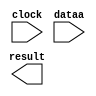
// megafunction wizard: %LPM_MULT%VBB%
// GENERATION: STANDARD
// VERSION: WM1.0
// MODULE: altsquare 

// ============================================================
// Megafunction Name(s):
// 			altsquare
//
// Simulation Library Files(s):
// 			altera_mf
// ============================================================
// ************************************************************
// THIS IS A WIZARD-GENERATED FILE. DO NOT EDIT THIS FILE!
//
// 15.0.0 Build 145 04/22/2015 SJ Full Version
// ************************************************************

//Copyright (C) 1991-2015 Altera Corporation. All rights reserved.
//Your use of Altera Corporation's design tools, logic functions 
//and other software and tools, and its AMPP partner logic 
//functions, and any output files from any of the foregoing 
//(including device programming or simulation files), and any 
//associated documentation or information are expressly subject 
//to the terms and conditions of the Altera Program License 
//Subscription Agreement, the Altera Quartus II License Agreement,
//the Altera MegaCore Function License Agreement, or other 
//applicable license agreement, including, without limitation, 
//that your use is for the sole purpose of programming logic 
//devices manufactured by Altera and sold by Altera or its 
//authorized distributors.  Please refer to the applicable 
//agreement for further details.

module mult (
	clock,
	dataa,
	result);

	input	  clock;
	input	[17:0]  dataa;
	output	[35:0]  result;

endmodule

// ============================================================
// CNX file retrieval info
// ============================================================
// Retrieval info: PRIVATE: AutoSizeResult NUMERIC "0"
// Retrieval info: PRIVATE: B_isConstant NUMERIC "0"
// Retrieval info: PRIVATE: ConstantB NUMERIC "0"
// Retrieval info: PRIVATE: INTENDED_DEVICE_FAMILY STRING "Cyclone IV E"
// Retrieval info: PRIVATE: LPM_PIPELINE NUMERIC "1"
// Retrieval info: PRIVATE: Latency NUMERIC "1"
// Retrieval info: PRIVATE: SYNTH_WRAPPER_GEN_POSTFIX STRING "0"
// Retrieval info: PRIVATE: SignedMult NUMERIC "0"
// Retrieval info: PRIVATE: USE_MULT NUMERIC "0"
// Retrieval info: PRIVATE: ValidConstant NUMERIC "0"
// Retrieval info: PRIVATE: WidthA NUMERIC "18"
// Retrieval info: PRIVATE: WidthB NUMERIC "18"
// Retrieval info: PRIVATE: WidthP NUMERIC "36"
// Retrieval info: PRIVATE: aclr NUMERIC "0"
// Retrieval info: PRIVATE: clken NUMERIC "0"
// Retrieval info: PRIVATE: new_diagram STRING "1"
// Retrieval info: PRIVATE: optimize NUMERIC "0"
// Retrieval info: LIBRARY: altera_mf altera_mf.altera_mf_components.all
// Retrieval info: CONSTANT: DATA_WIDTH NUMERIC "18"
// Retrieval info: CONSTANT: LPM_TYPE STRING "ALTSQUARE"
// Retrieval info: CONSTANT: PIPELINE NUMERIC "1"
// Retrieval info: CONSTANT: REPRESENTATION STRING "UNSIGNED"
// Retrieval info: CONSTANT: RESULT_ALIGNMENT STRING "MSB"
// Retrieval info: CONSTANT: RESULT_WIDTH NUMERIC "36"
// Retrieval info: USED_PORT: clock 0 0 0 0 INPUT NODEFVAL "clock"
// Retrieval info: USED_PORT: dataa 0 0 18 0 INPUT NODEFVAL "dataa[17..0]"
// Retrieval info: USED_PORT: result 0 0 36 0 OUTPUT NODEFVAL "result[35..0]"
// Retrieval info: CONNECT: @clock 0 0 0 0 clock 0 0 0 0
// Retrieval info: CONNECT: @data 0 0 18 0 dataa 0 0 18 0
// Retrieval info: CONNECT: result 0 0 36 0 @result 0 0 36 0
// Retrieval info: GEN_FILE: TYPE_NORMAL mult.v TRUE
// Retrieval info: GEN_FILE: TYPE_NORMAL mult.inc FALSE
// Retrieval info: GEN_FILE: TYPE_NORMAL mult.cmp FALSE
// Retrieval info: GEN_FILE: TYPE_NORMAL mult.bsf FALSE
// Retrieval info: GEN_FILE: TYPE_NORMAL mult_inst.v FALSE
// Retrieval info: GEN_FILE: TYPE_NORMAL mult_bb.v TRUE
// Retrieval info: LIB_FILE: altera_mf